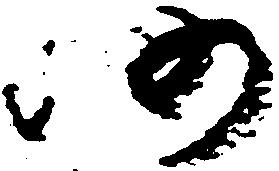
仍